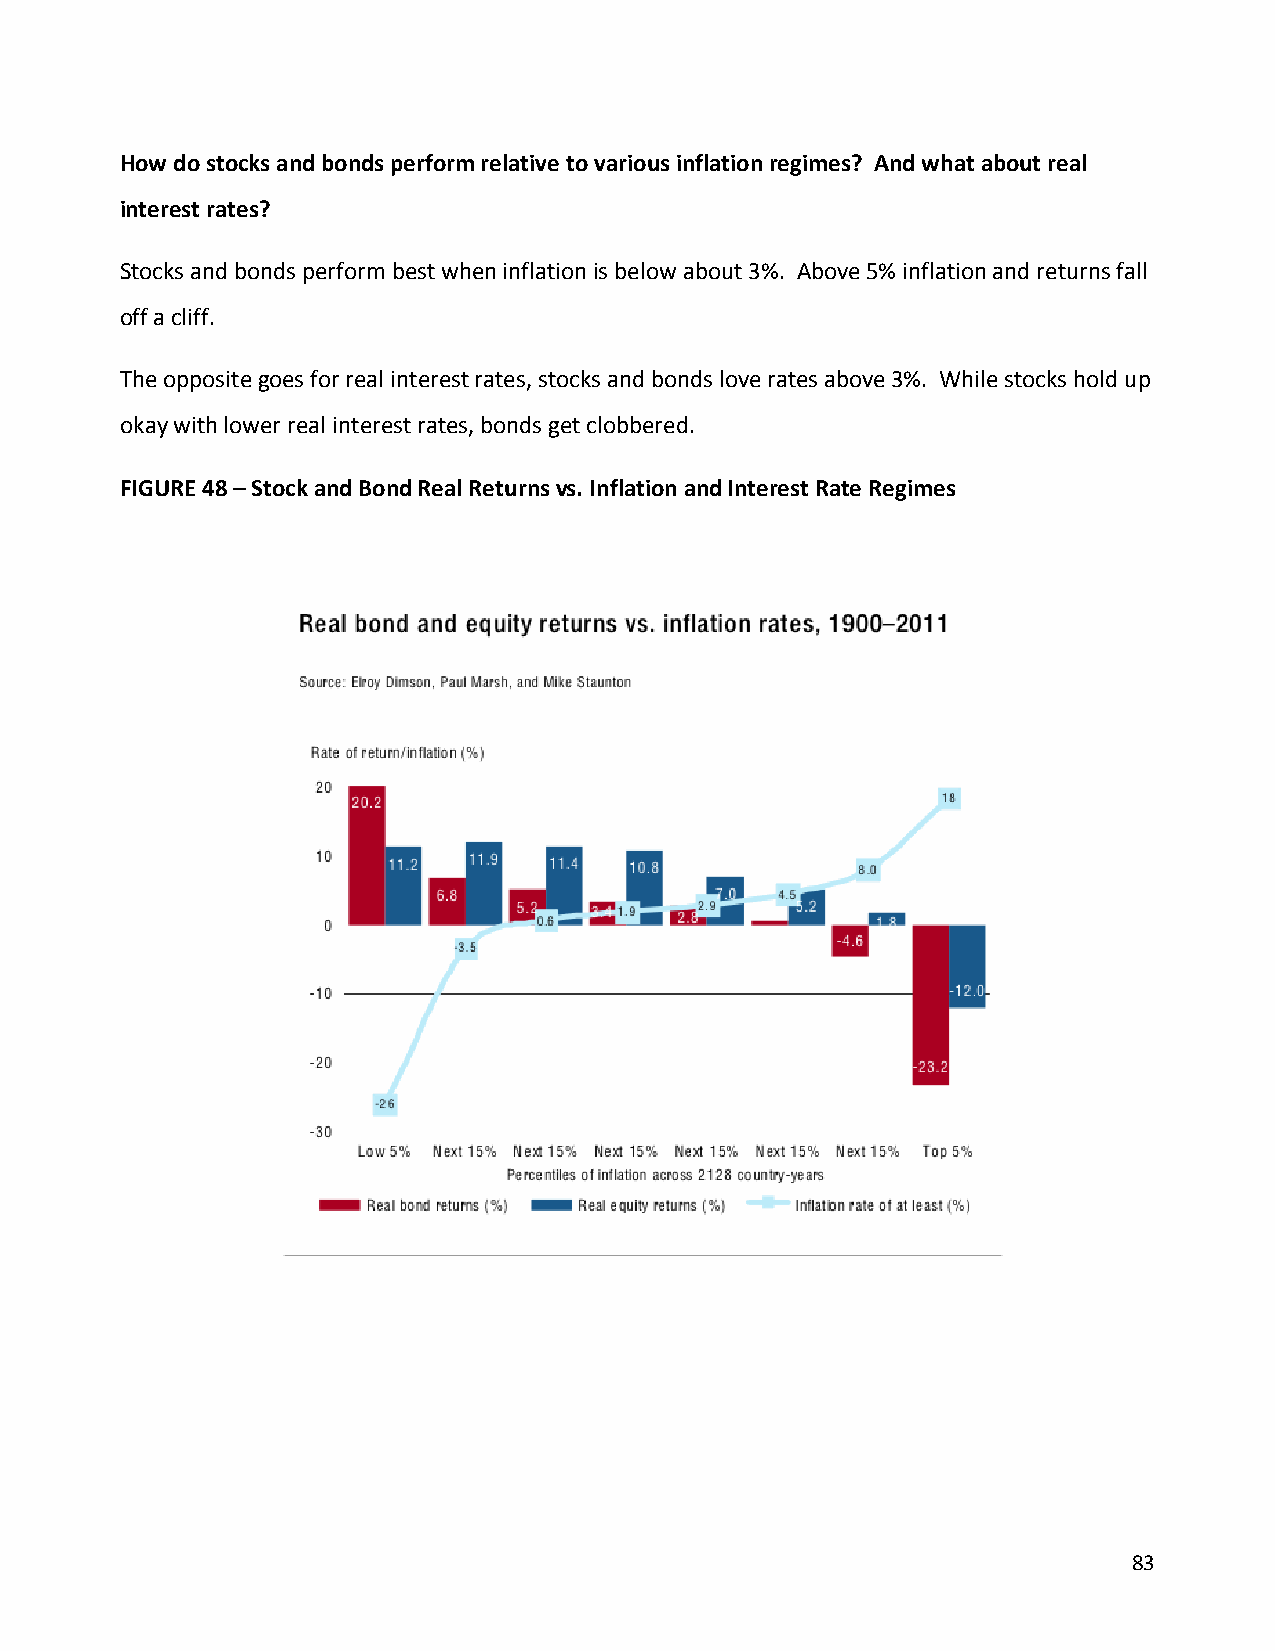
How do stocks and bonds perform relative to various inflation regimes? And what about real
 interest rates?
 Stocks and bonds perform best when inflation is below about 3%. Above 5% inflation and returns fall
 off a cliff.
 The opposite goes for real interest rates, stocks and bonds love rates above 3%. While stocks hold up
 okay with lower real interest rates, bonds get clobbered.
 FIGURE 48 – Stock and Bond Real Returns vs. Inflation and Interest Rate Regimes
 83